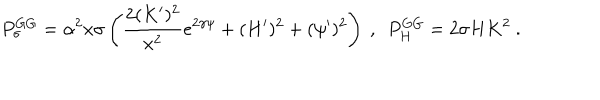
LaTeX: P _ { \sigma } ^ { G G } = \alpha ^ { 2 } x \sigma \left( \frac { 2 ( K ^ { \prime } ) ^ { 2 } } { x ^ { 2 } } e ^ { 2 \gamma \psi } + ( H ^ { \prime } ) ^ { 2 } + ( \psi ^ { \prime } ) ^ { 2 } \right) \ , \ \ P _ { H } ^ { G G } = 2 \sigma H K ^ { 2 } \ .